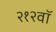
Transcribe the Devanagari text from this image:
२१२वॉ